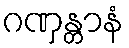
ဂဏှန္တာနံ